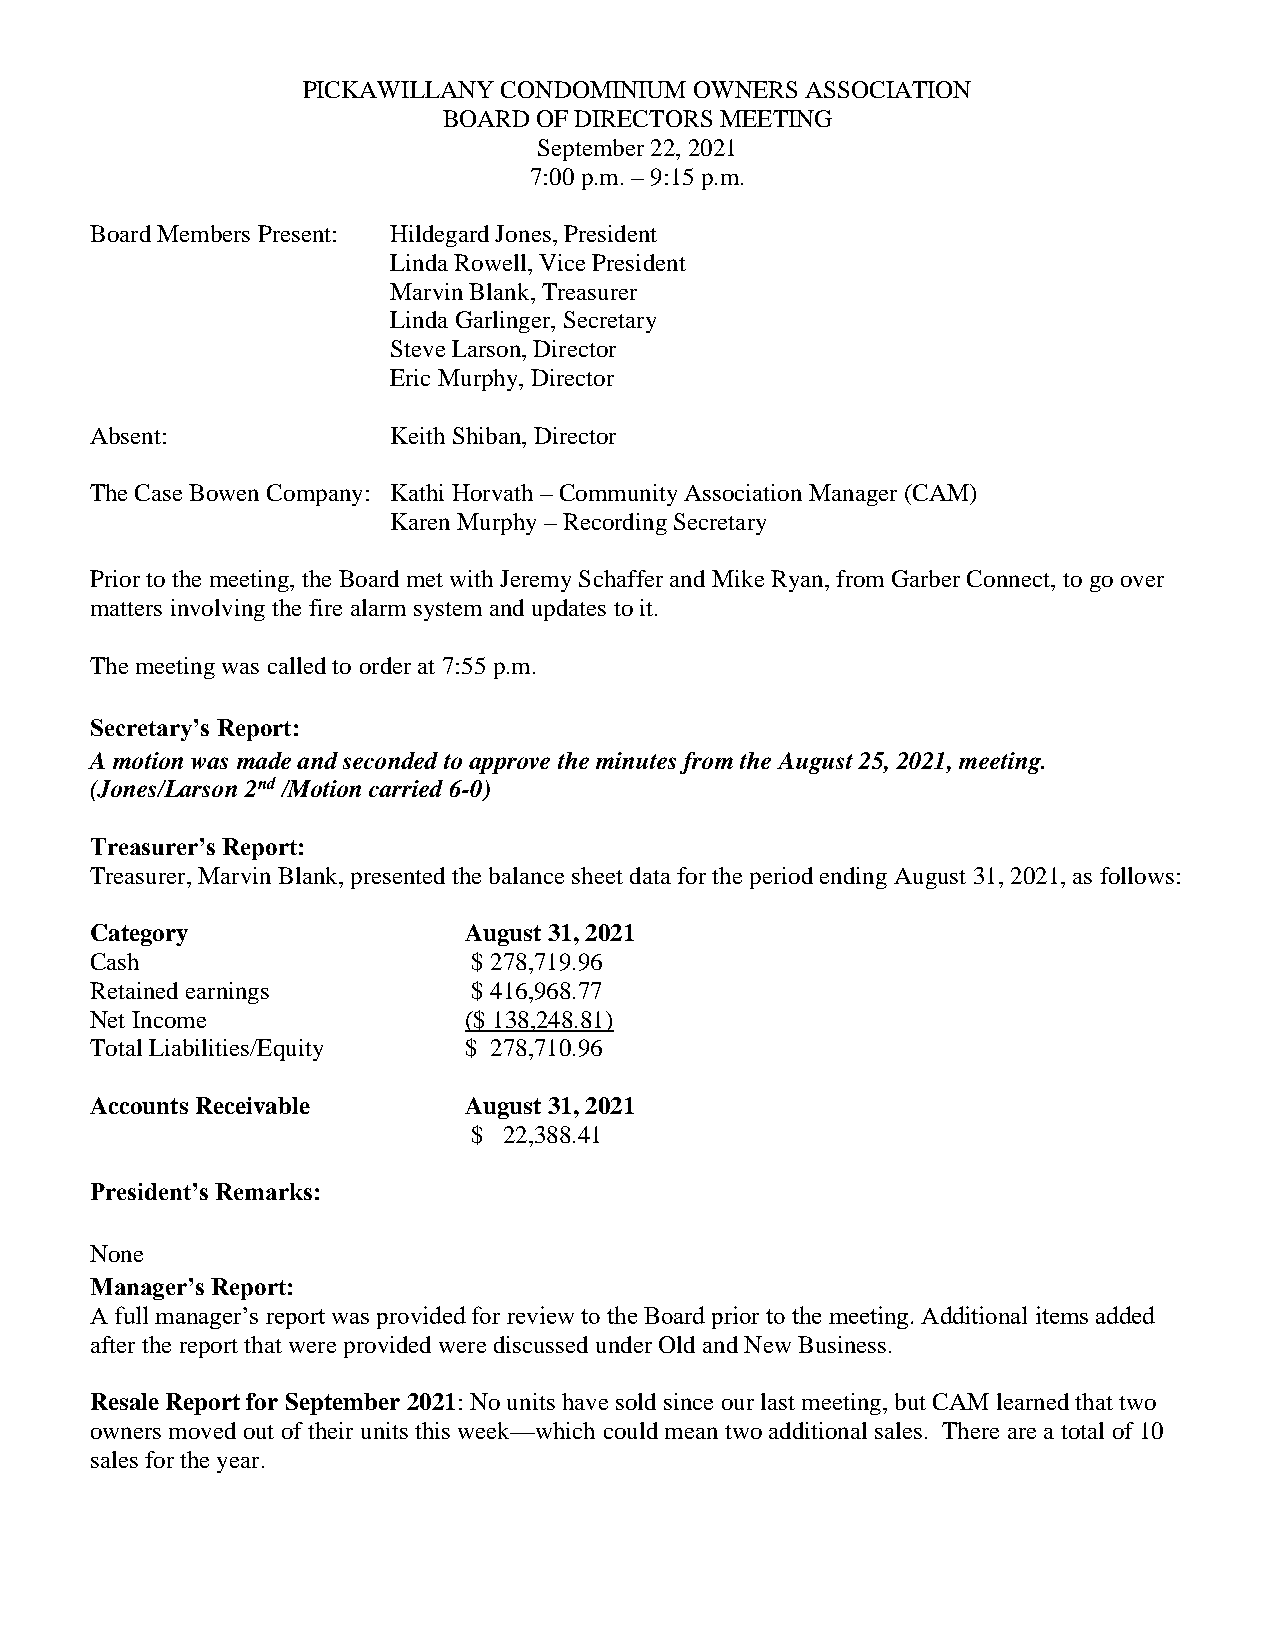
PICKAWILLANY CONDOMINIUM  OWNERS ASSOCIATION
 BOARD  OF DIRECTORS MEETING
 September 22, 2021
 7:00 p.m. – 9:15 p.m.
 Board Members Present: Hildegard Jones, President
 Linda Rowell, Vice President
 Marvin Blank, Treasurer
 Linda Garlinger, Secretary
 Steve Larson, Director
 Eric Murphy, Director
 Absent:             Keith Shiban, Director
 The Case Bowen Company: Kathi Horvath – Community Association Manager (CAM)
 Karen Murphy – Recording Secretary
 Prior to the meeting, the Board met with Jeremy Schaffer and Mike Ryan, from Garber Connect, to go over
 matters involving the fire alarm system and updates to it.
 The meeting was called to order at 7:55 p.m.
 Secretary’s Report:
 A motion was made and seconded to approve the minutes from the August 25, 2021, meeting.
 (Jones/Larson 2nd /Motion carried 6-0)
 Treasurer’s Report:
 Treasurer, Marvin Blank, presented the balance sheet data for the period ending August 31, 2021, as follows:
 Category                 August 31, 2021
 Cash                     $ 278,719.96
 Retained earnings        $ 416,968.77
 Net Income               ($ 138,248.81)
 Total Liabilities/Equity $ 278,710.96
 Accounts Receivable      August 31, 2021
 $ 22,388.41
 President’s Remarks:
 None
 Manager’s Report:
 A full manager’s report was provided for review to the Board prior to the meeting. Additional items added
 after the report that were provided were discussed under Old and New Business.
 Resale Report for September 2021: No units have sold since our last meeting, but CAM learned that two
 owners moved out of their units this week—which could mean two additional sales. There are a total of 10
 sales for the year.